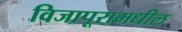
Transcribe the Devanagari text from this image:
विजापूरामधील